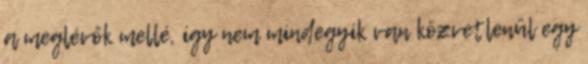
a meglévők mellé, így nem mindegyik van közvetlenül egy